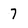
Character: 7